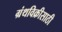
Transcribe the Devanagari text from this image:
ग्रंथविक्रीसाठी